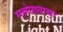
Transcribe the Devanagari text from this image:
सलोख्याचा